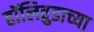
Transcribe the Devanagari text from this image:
हॉलिवुडाच्या